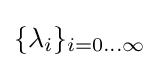
\{\lambda _{i}\}_{i=0\dots \infty }